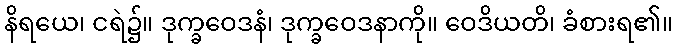
နိရယေ၊ ငရဲ၌။ ဒုက္ခဝေဒနံ၊ ဒုက္ခဝေဒနာကို။ ဝေဒိယတိ၊ ခံစားရ၏။